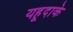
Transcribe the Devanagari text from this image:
यहूदाके